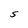
Character: S